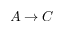
A \rightarrow C